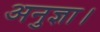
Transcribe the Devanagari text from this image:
अनुज्ञा।